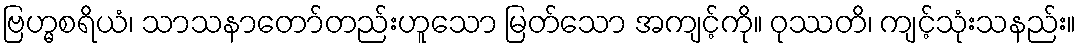
ဗြဟ္မစရိယံ၊ သာသနာတော်တည်းဟူသော မြတ်သော အကျင့်ကို။ ဝုဿတိ၊ ကျင့်သုံးသနည်း။